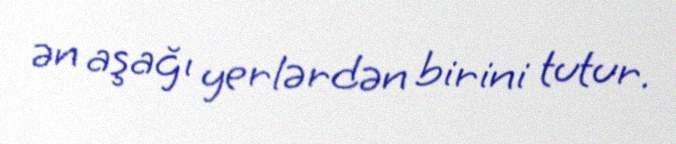
ən aşağı yerlərdən birini tutur.